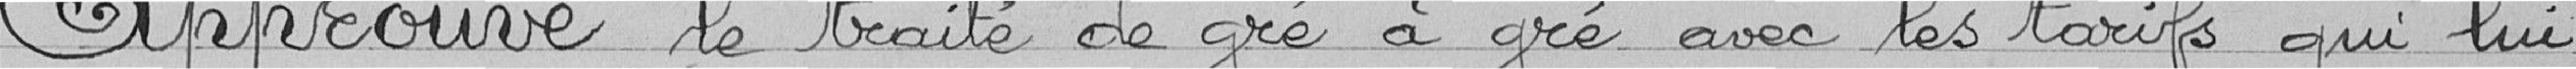
Approuve le traité de gré à gré avec les tarifs qui lui